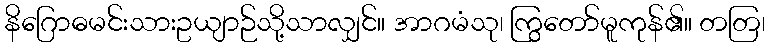
နိဂြောဓမင်းသားဥယျာဉ်သို့သာလျှင်။ အာဂမံသု၊ ကြွတော်မူကုန်၏။ တတြ၊